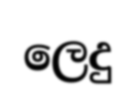
ලෙදු